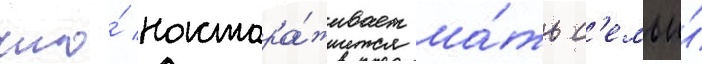
что́ настора́живает ма́ть с'емьи́